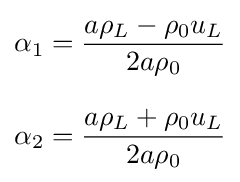
{\begin{aligned}\alpha _{1}&={\frac {a\rho _{L}-\rho _{0}u_{L}}{2a\rho _{0}}}\\[8pt]\alpha _{2}&={\frac {a\rho _{L}+\rho _{0}u_{L}}{2a\rho _{0}}}\end{aligned}}